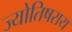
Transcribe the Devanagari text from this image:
ज्योतिषराय